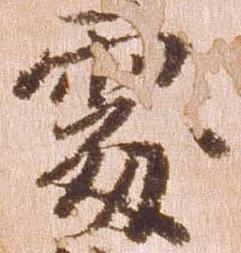
処